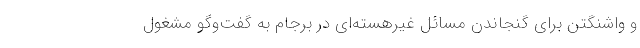
و واشنگتن برای گنجاندن مسائل غیرهسته‌ای در برجام به گفت‌وگو مشغول